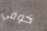
خوفي